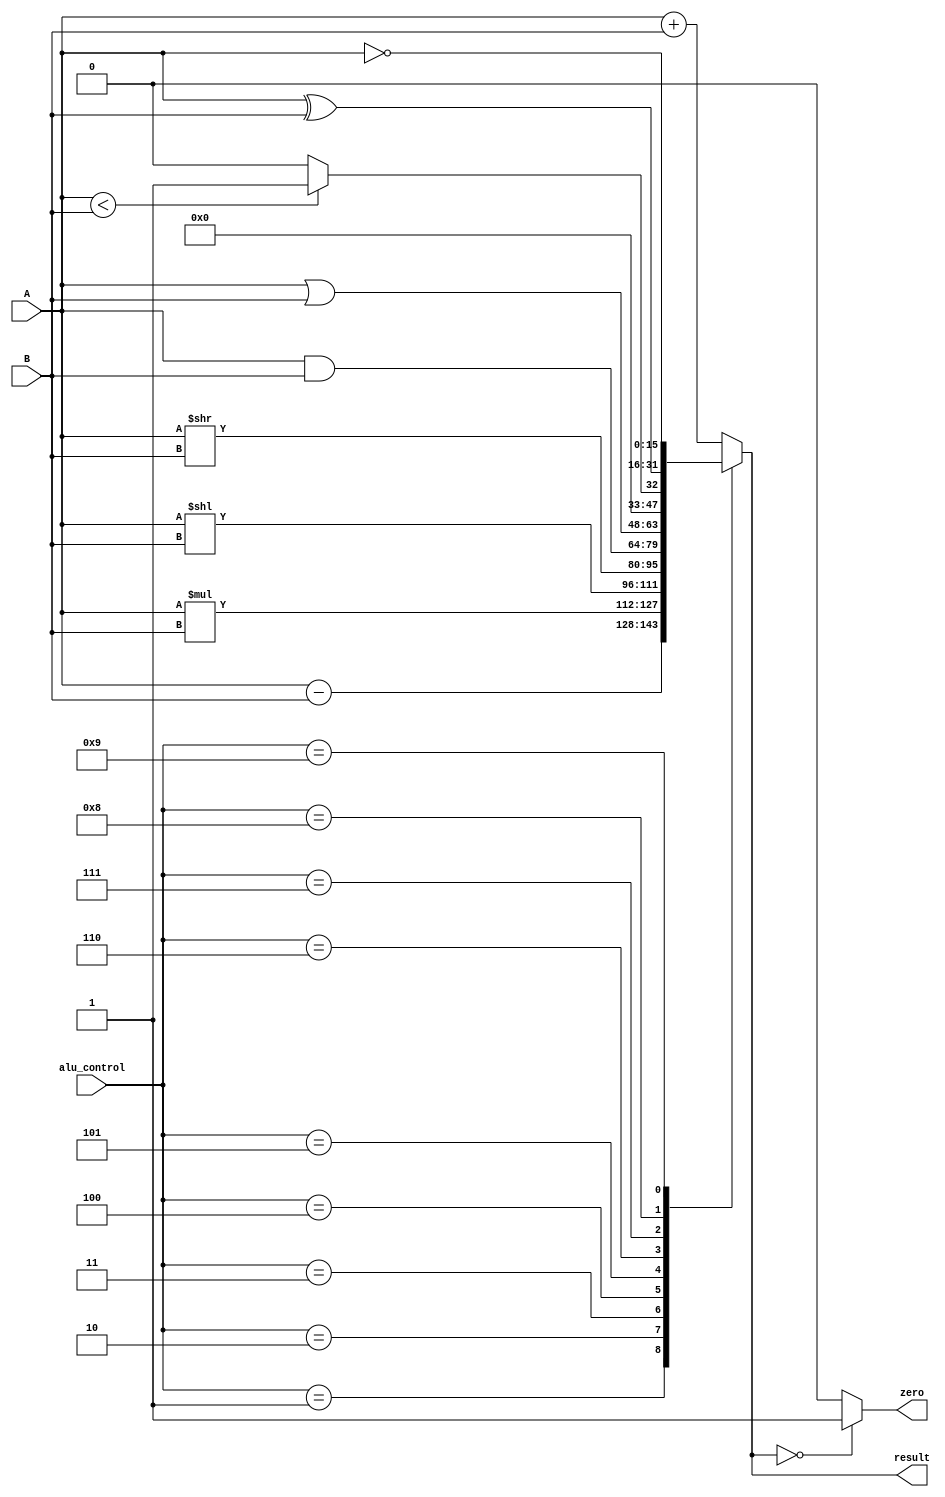
`timescale 1ns / 1ps

module ALU(
input [15:0] A,
input [15:0] B,
input [3:0] alu_control,
output reg[15:0] result,
output zero
    );
always @(*) begin
case(alu_control)
		4'b0000:result =A+B;	//add
		4'b0001:result =A-B;	//sub
		4'b0010:result =A*B;	//mult
		4'b0011:result =A<<B;	//sll
		4'b0100:result =A>>B;	//srl
		4'b0101:result =A&B;	//and
		4'b0110:result =A | B;	//or
		4'b0111:                //slt
		begin if (A<B)
			result = 16'b1;
			else result =16'b0;
		end
		4'b1000:result =A ^ B;	//xor
		4'b1001:result =~A;     //invert
        default : result =A+B;//add is default 
endcase
end
assign zero =(result==16'b0)? 1'b1:1'b0;     
endmodule